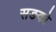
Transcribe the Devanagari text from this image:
सङको